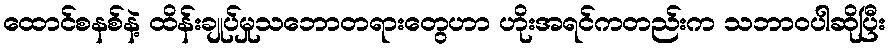
ထောင်စနစ်နဲ့ ထိန်းချုပ်မှုသဘောတရားတွေဟာ ဟိုးအရင်ကတည်းက သဘာဝပါဆိုပြီး